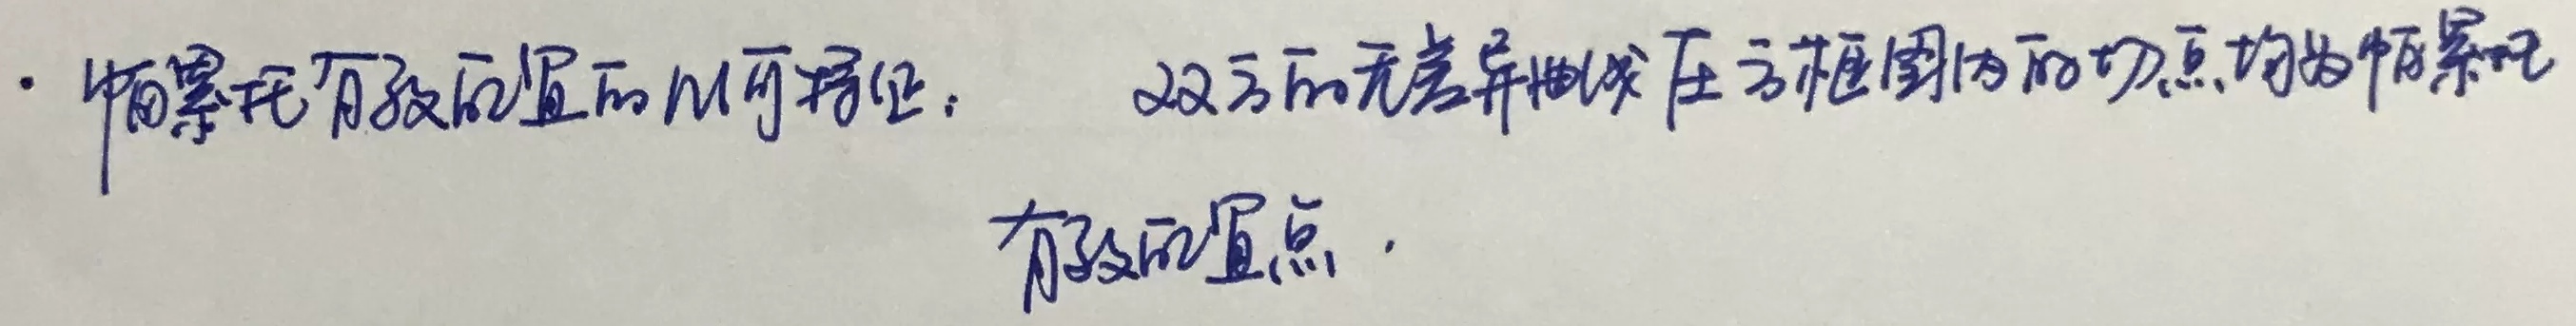
帕累托有效的直观可描述：双方的无差异曲线在方框范围内的切点均为帕累托有效点。